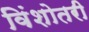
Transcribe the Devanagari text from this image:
विंशोतरी